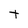
Character: t